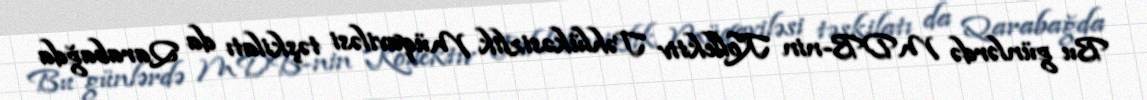
Bu günlərdə MDB-nin Kollektiv Təhlükəsizlik Müqaviləsi təşkilatı da Qarabağda